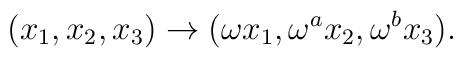
(x_1,x_2,x_3)\rightarrow (\omega x_1,\omega^a x_2,\omega^b x_3).